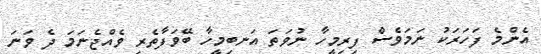
އެންމެ ފަހަރަކު ނަމަވެސް ފިރިމީހާ ނުވަތަ އަނބިމީހާ ބޭވަފާތެރި ވެއްޖެނަމަ ދެ ވަނަ